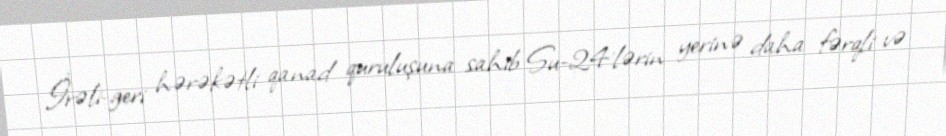
İrəli-geri hərəkətli qanad quruluşuna sahib Su-24'lərin yerinə daha fərqli və